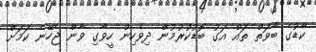
ކާޑުގެ ބާވަތް ތައް އަގު ބޮޑުކުރުމުން ދިވެހިން ހީވާގި ވާން ޖެހޭނެ ކަމަށް